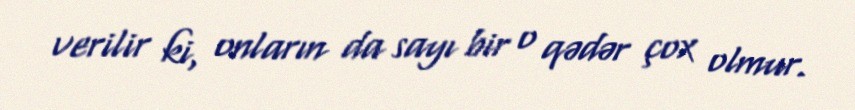
verilir ki, onların da sayı bir o qədər çox olmur.